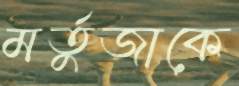
মর্তুজাকে